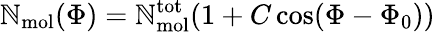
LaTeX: \mathbb{N}_{\mathrm{{mol}}}(\Phi)=\mathbb{N}_{\mathrm{{mol}}}^{\mathrm{{tot}}}(1+C\cos(\Phi-\Phi_{0}))